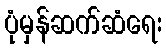
ပုံမှန်ဆက်ဆံရေး